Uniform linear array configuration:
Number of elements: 4
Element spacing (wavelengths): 1
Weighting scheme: binomial
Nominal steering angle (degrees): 60
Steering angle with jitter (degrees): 61.499
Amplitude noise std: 0.05
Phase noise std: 0.05

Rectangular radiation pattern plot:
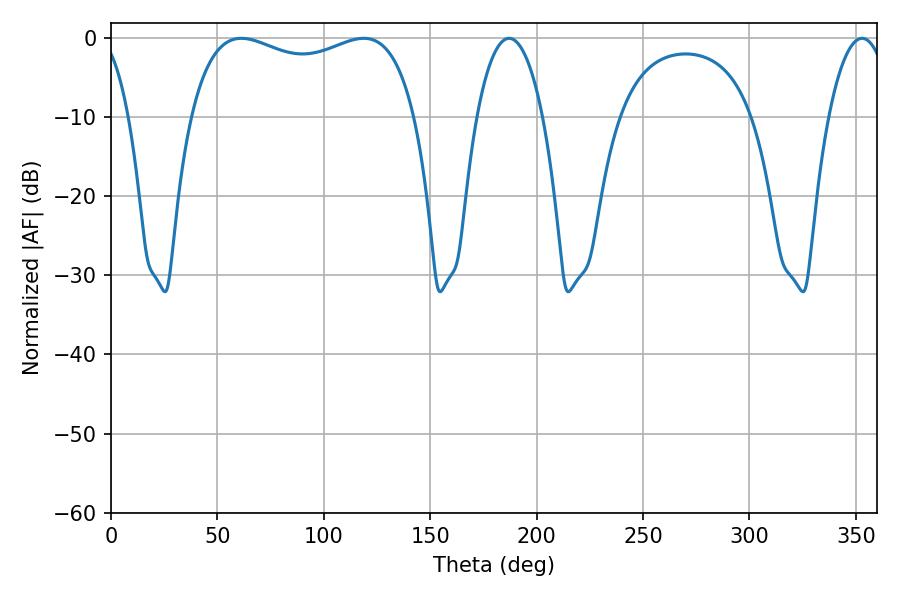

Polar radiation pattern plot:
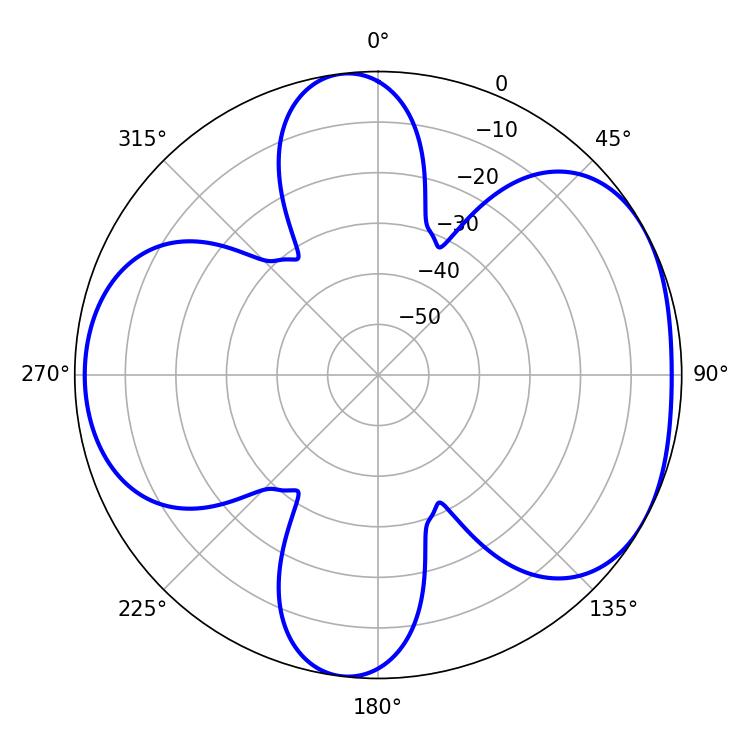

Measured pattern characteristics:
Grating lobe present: TRUE
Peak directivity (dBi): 4.98
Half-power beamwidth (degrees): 86.76
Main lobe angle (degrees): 61.2